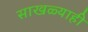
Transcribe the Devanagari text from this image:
साखळ्याही